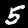
Digit: 5